Eesti_Toorahva_Kommuun, lk 30
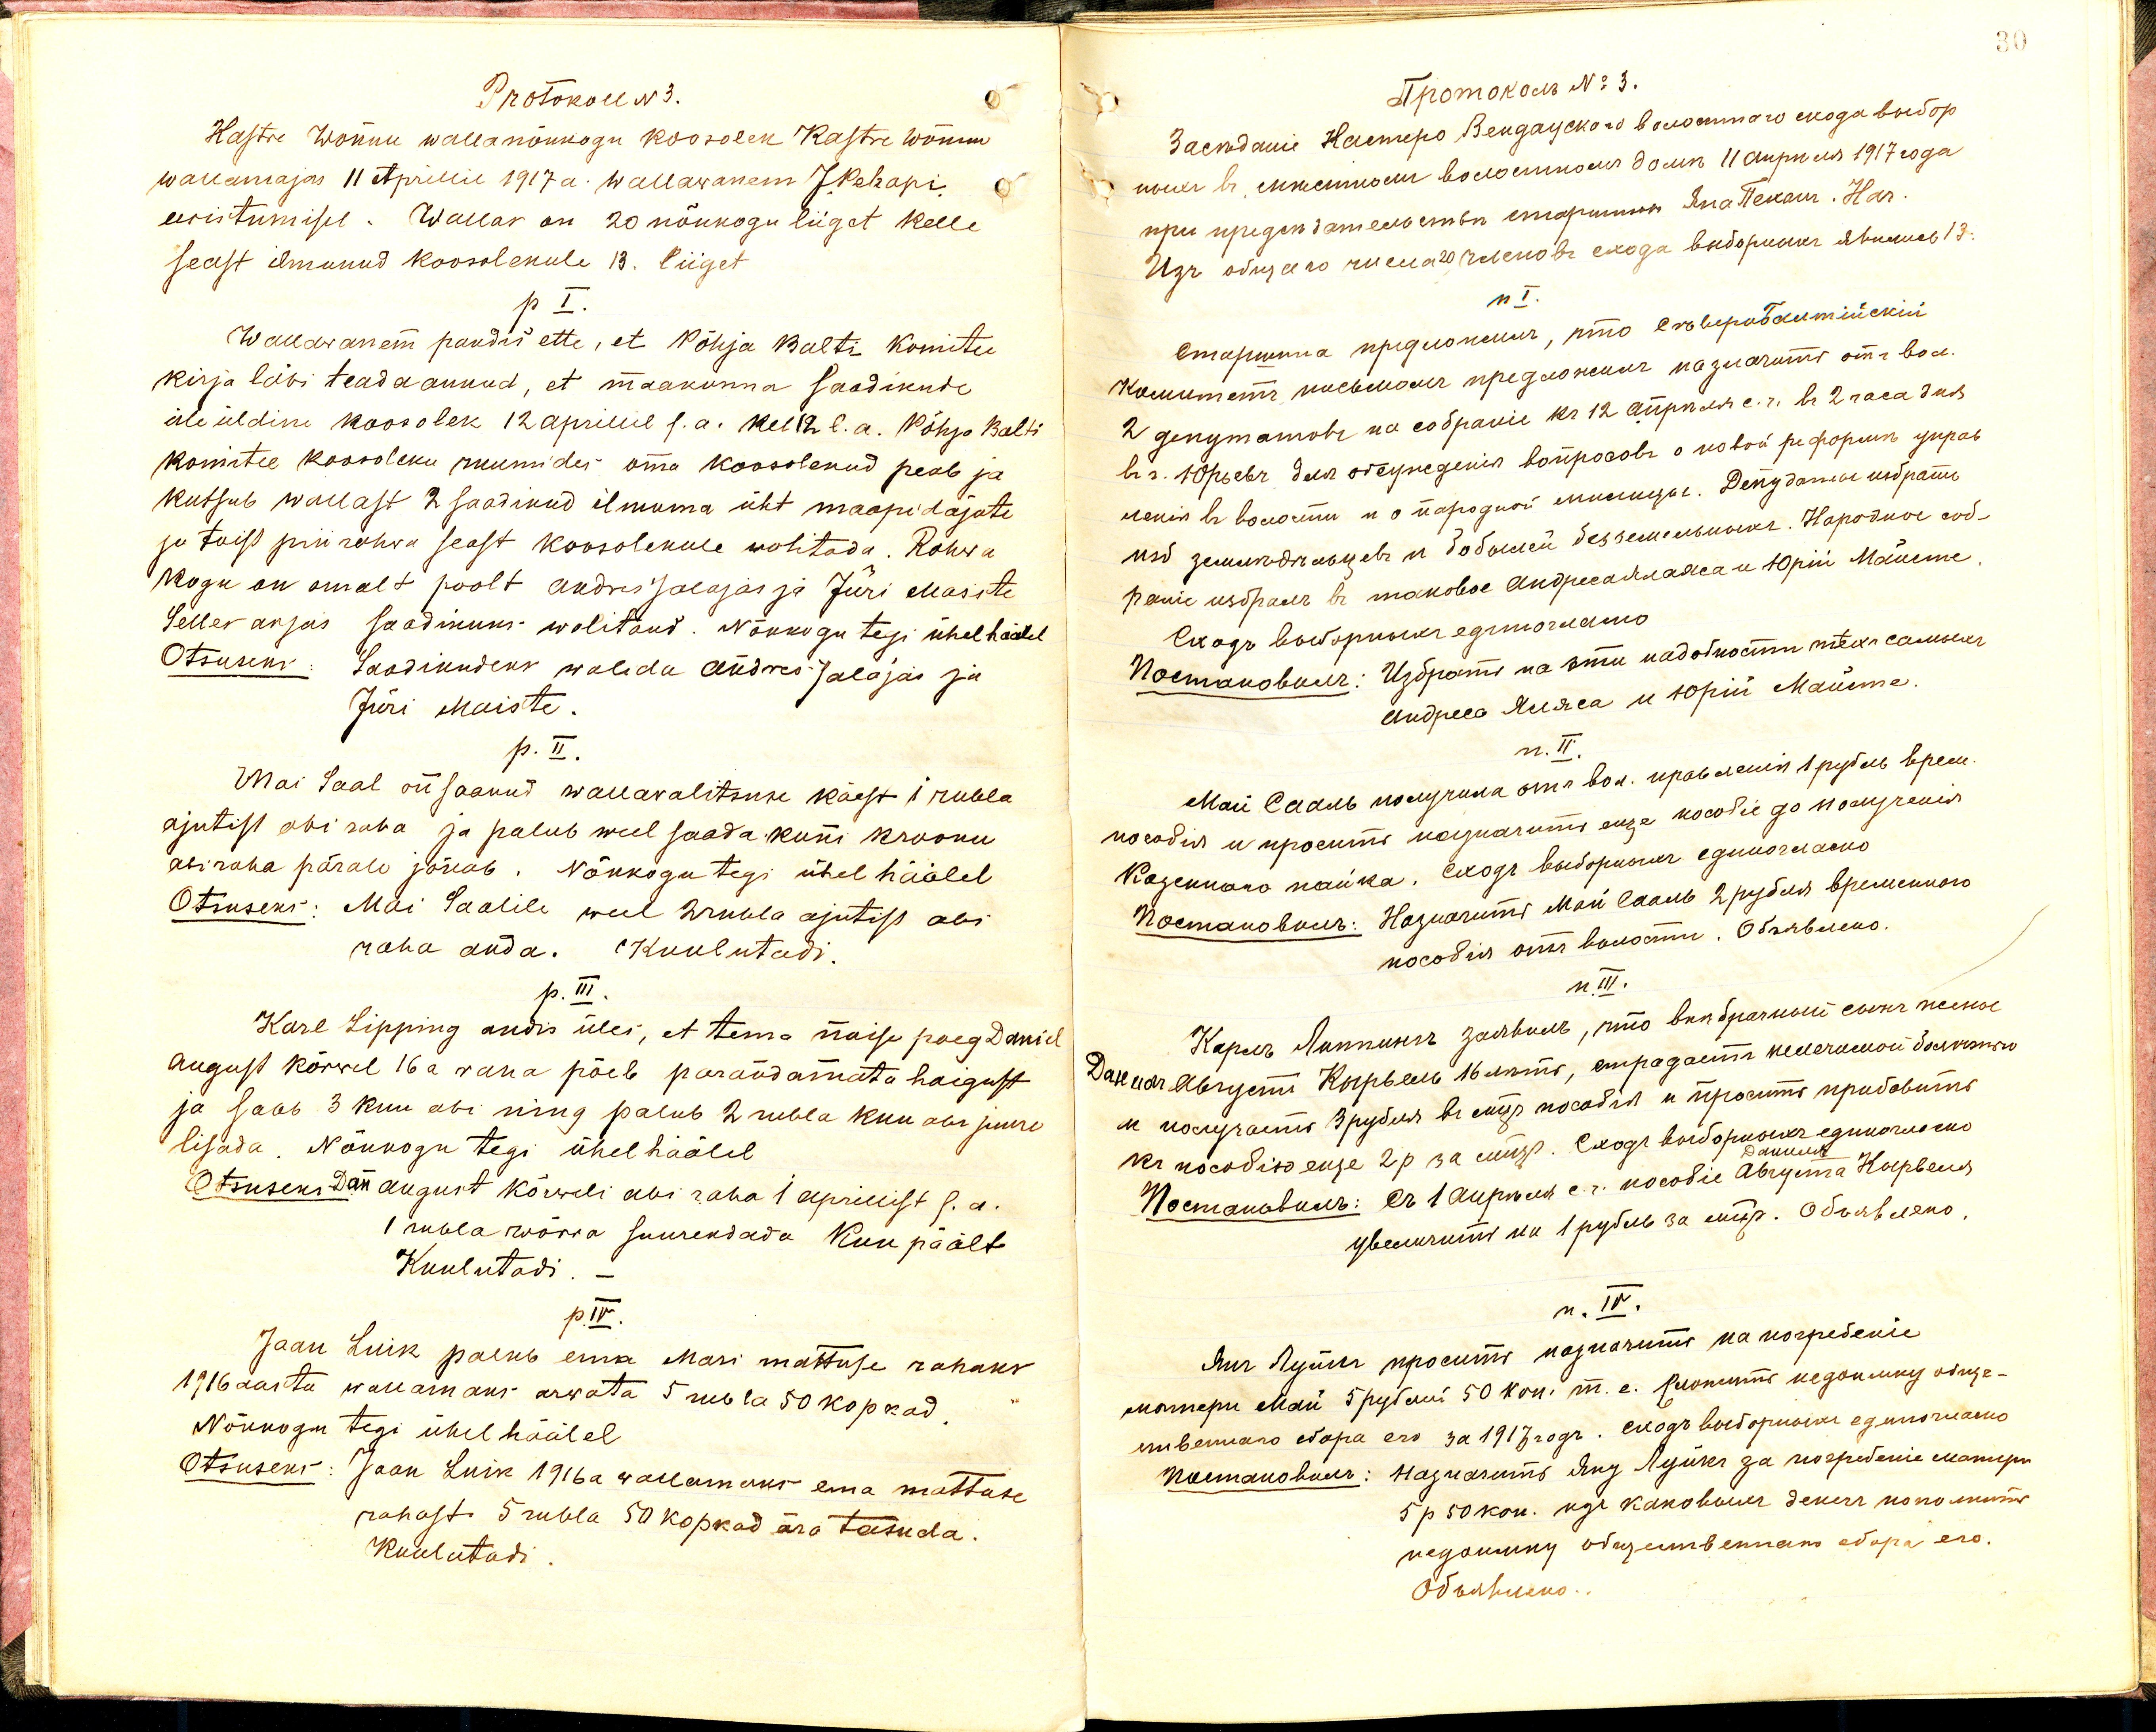
Protokoll N3.
Kastre Wõnnu wallanõukogu koosolek Kastre Wõnnu
wallamajas 11 Aprillil 1917 a. Wallawanem J. Pehapi
eesistumisel. Wallas on 20 nõukogu liiget kelle
seast ilmunud koosolekule 13. liiget
p I.
Wallawanem pandis ette, et Põhja Balti Komitee
kirja läbi teada annud, et maakonna saadikute
üle üldine koosolek 12 Aprillil s.a. kel 12 s.a. Põhja Balti
Komitee koosoleku ruumides oma koosolekud peab ja
kutsub wallast 2 saadikud ilmuma üht maapidajate
ja teist prii rahwa seast koosolekule wolitada. Rahwa
kogu on omalt poolt Andres Jalajas ja Jüri Maiste
Selles asjas saadikuks wolitand. Nõukogu tegi ühel häälel
Otsuseks: Saadikudeks walida Andres Jalajas ja
Jüri Maiste.
p. II.
Mai Saal on saanud wallawalitsuse käest 1 rubla
ajutist abi raha ja palub weel saada kuni kroonu
abiraha pärale jõuab. Nõukogu tegi ühel häälel
Otsuseks: Mai Saalile weel 2 rubla ajutist abi
raha anda. Kuulutadi
p. III.
Karl Lipping andis üles, et tema naise poeg Daniel
August Kõrwel 16 a wana põeb parandamata haigust
ja saab 3 kuu abi ning palub 2 rubla kuu abi juure
lisada. Nõukogu tegi ühel häälel
Otsuseks Dan August Kõrweli abi raha 1 aprillist s.a.
1 rubla wõrra suurendada Kuu päält
Kuulutadi.
p.IV.
Jaan Luik palub ema Mari mattuse rahaks
1916 aasta wallamaks arwata 5 rubla 50 kopkad
Nõukogu tegi ühel häälel
Otsuseks: Jaan Luik 1916 a wallamaks ema mattuse
rahast 5 rubla 50 kopkad ära tasuda.
Kuulutadi